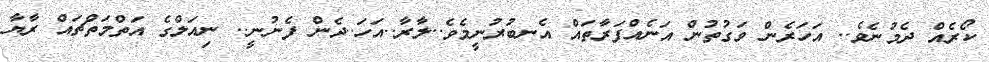
ކޯރެއް ދެމުނެވެ.. އަހަރެން ވަގުތުން އަނެއްފަރާތައް އެނބުރުނީމެވެ..ލާރާ..އަހަ..ދެން ފެނުނީ.. ނިއަލްގެ އަތްމަތްޗައް ރާޔާ